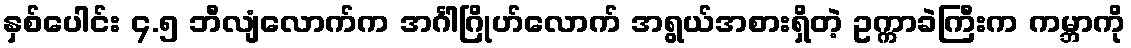
နှစ်ပေါင်း ၄.၅ ဘီလျံလောက်က အင်္ဂါဂြိုဟ်လောက် အရွယ်အစားရှိတဲ့ ဥက္ကာခဲကြီးက ကမ္ဘာကို